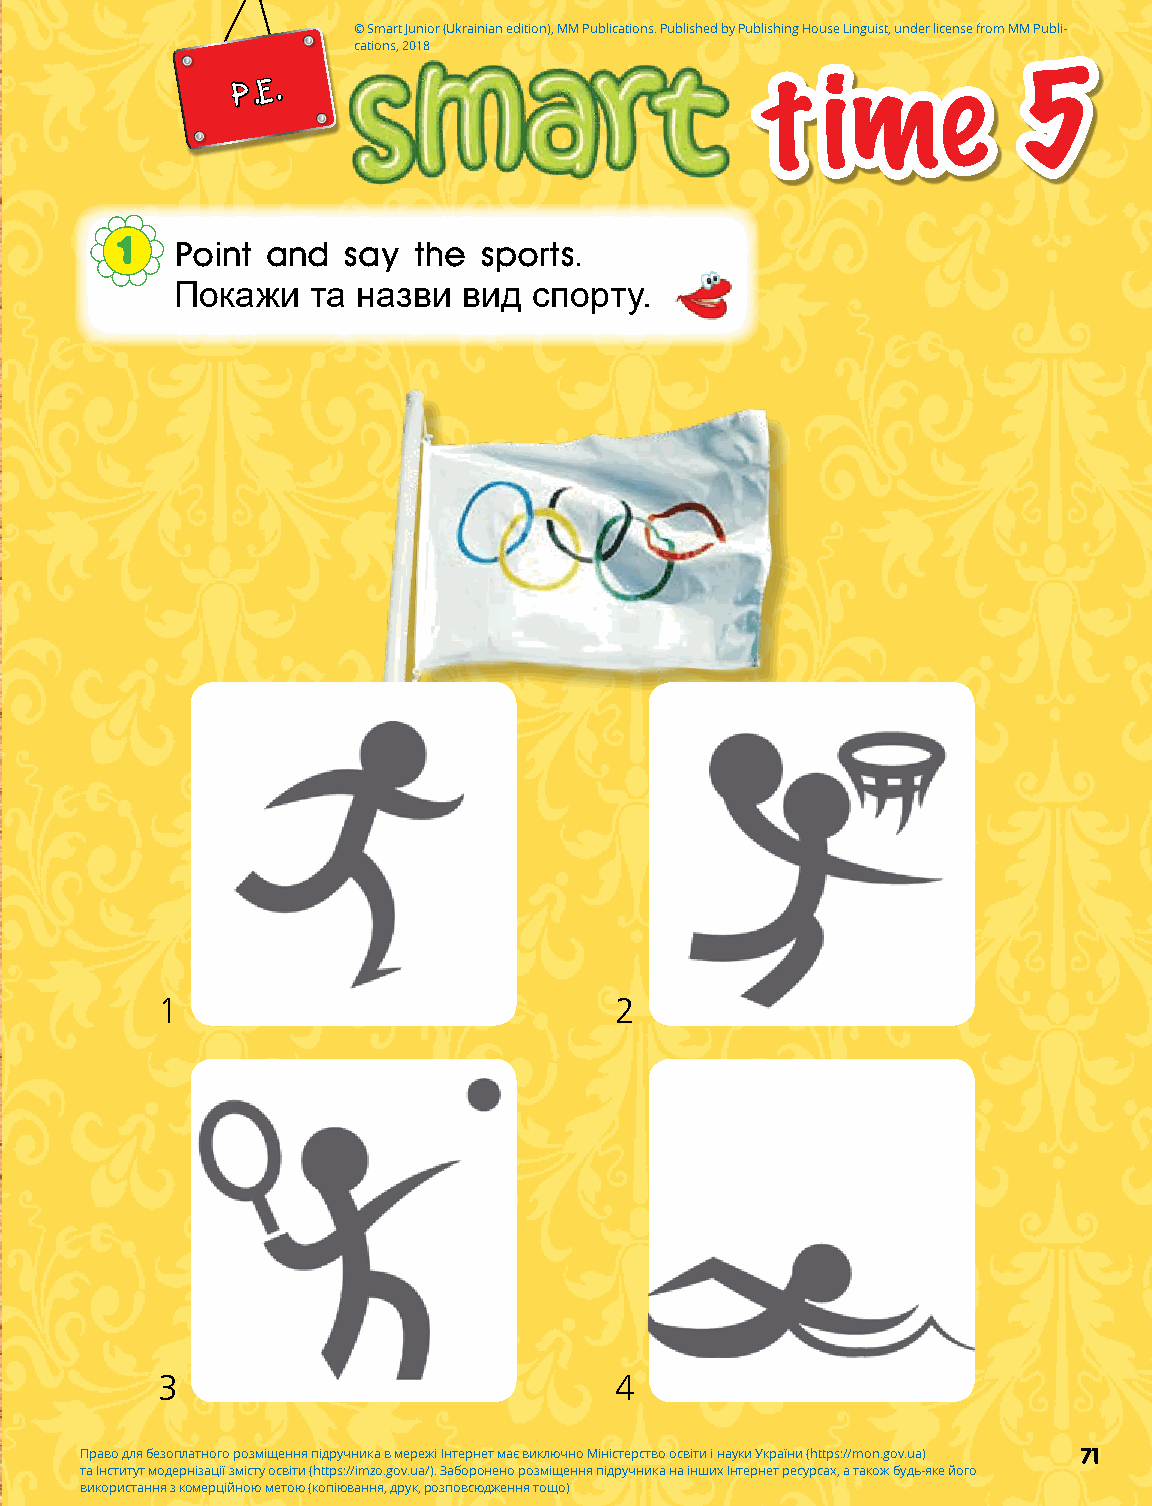
© Smart Junior (Ukrainian edition), MM Publications. Published by Publishing House Linguist, under license from MM Publi-
 cations, 2018
 P.E.                              t   ime           5
 1   Point and  say the  sports.
 Покажи   та назви  вид спорту.
 1                              2
 3                              4
 Право для безоплатного розміщення підручника в мережі Інтернет має виключно Міністерство освіти і науки України (https://mon.gov.ua) 71
 та Інститут модернізації змісту освіти (https://imzo.gov.ua/). Заборонено розміщення підручника на інших Інтернет ресурсах, а також будь-яке його
 використання з комерційною метою (копіювання, друк, розповсюдження тощо)